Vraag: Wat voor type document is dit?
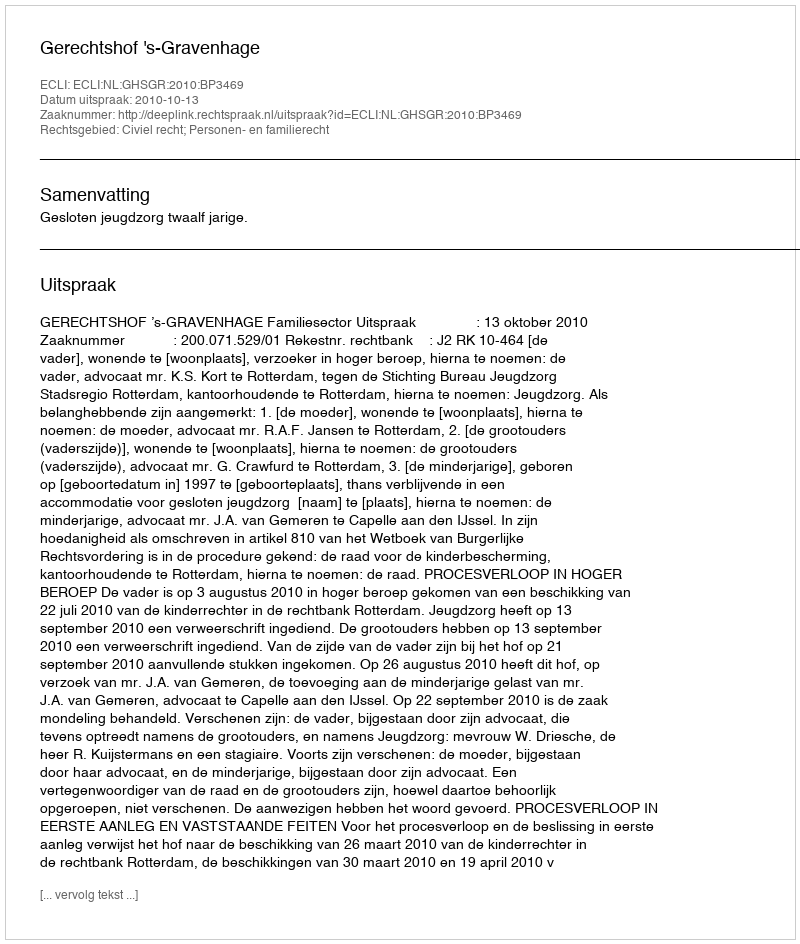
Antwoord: Uitspraak